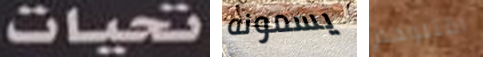
تحيات يسمونه اقتلوهم